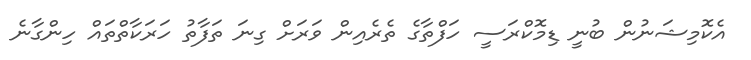
އެކޮމިޝަނުން ބުނީ ޑިމޮކްރަސީ ހަފްތާގެ ތެރެއިން ވަރަށް ގިނަ ތަފާތު ހަރަކާތްތައް ހިންގާނެ